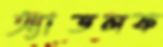
অ্যাডলফ